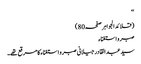
‘‘
(قلائد الجواہر صفحہ80)
صبر و استغناء
سید عبد القادر جیلانی صبر و استغناء کا مرقع تھے۔